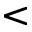
<